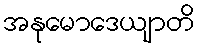
အနုမောဒေယျာတိ